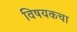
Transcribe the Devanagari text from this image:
विषयकचा